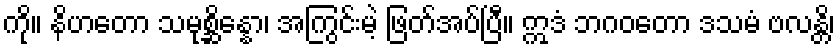
ကို။ နိဟတော သမုစ္ဆိန္နော၊ အကြွင်းမဲ့ ဖြတ်အပ်ပြီ။ ဣဒံ ဘဂဝတော ဒသမံ ဗလန္တိ၊